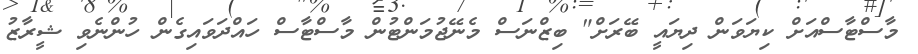
މާސްޓާސްއަށް ކިޔަވަން ދިޔައީ ބޭރަށް" ބިޒްނަސް މެނޭޖުމަންޓުން މާސްޓާސް ހައްދަވައިގެން ހުންނެވި ޝީރާޒު